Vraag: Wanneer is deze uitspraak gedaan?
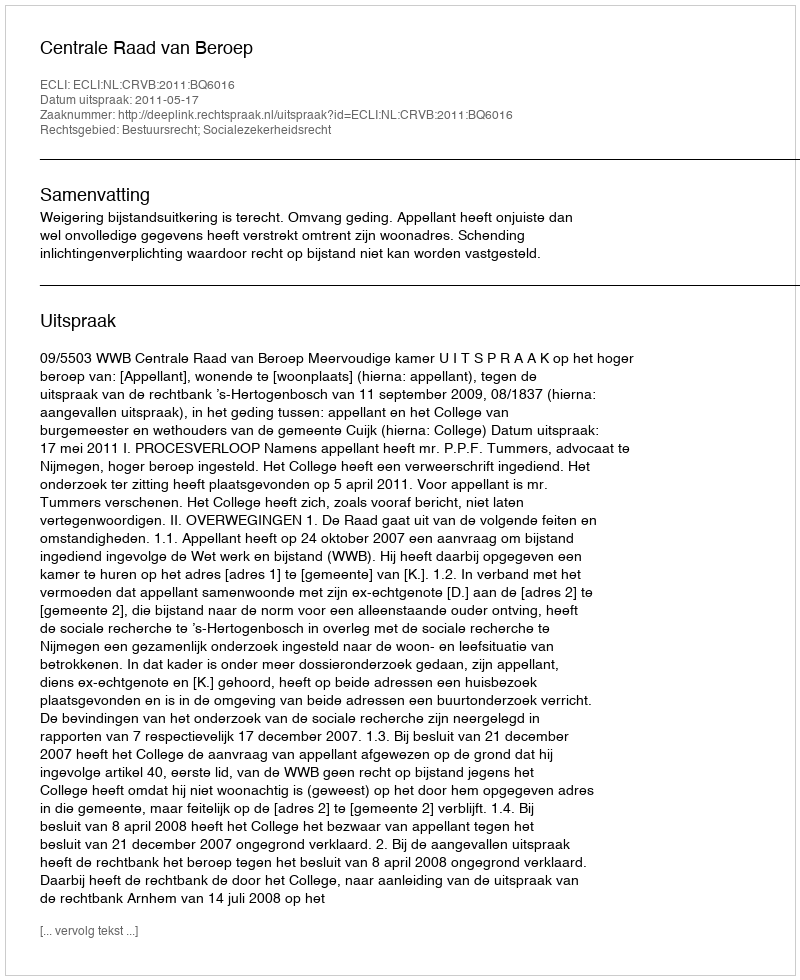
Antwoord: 2011-05-17